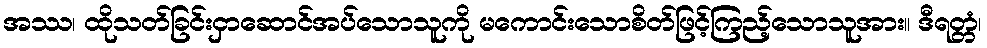
အဿ၊ ထိုသတ်ခြင်းငှာဆောင်အပ်သောသူကို မကောင်းသောစိတ်ဖြင့်ကြည့်သောသူအား။ ဒီရတ္တံ၊